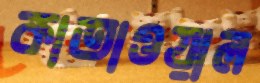
কাতাওয়াল